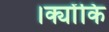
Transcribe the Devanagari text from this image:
।क्योंकि